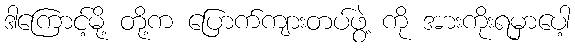
ဒါကြောင့်မို့ တို့က ပြောက်ကျားတပ်ဖွဲ့ ကို အားကိုးရမှာပေါ့